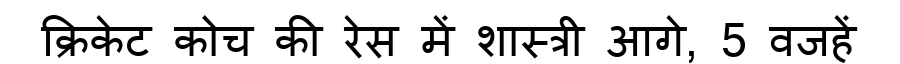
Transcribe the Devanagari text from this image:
क्रिकेट कोच की रेस में शास्त्री आगे, 5 वजहें